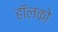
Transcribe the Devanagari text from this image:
हॉलको